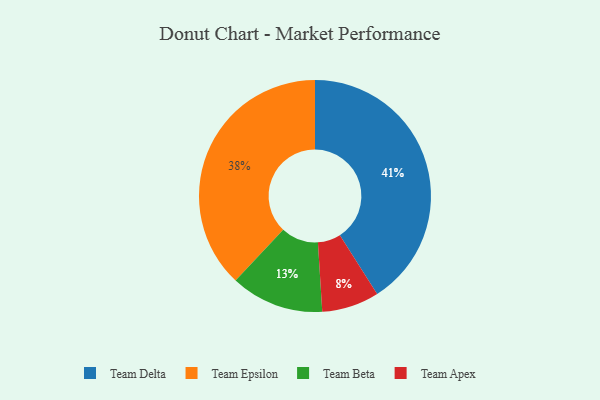
{"axis": {"x": "Category", "y": "Percentage"}, "legend": ["Team Apex", "Team Beta", "Team Delta", "Team Epsilon"], "data": [{"x": "Team Beta", "y": 13, "type": "Team Beta"}, {"x": "Team Delta", "y": 41, "type": "Team Delta"}, {"x": "Team Epsilon", "y": 38, "type": "Team Epsilon"}, {"x": "Team Apex", "y": 8, "type": "Team Apex"}]}